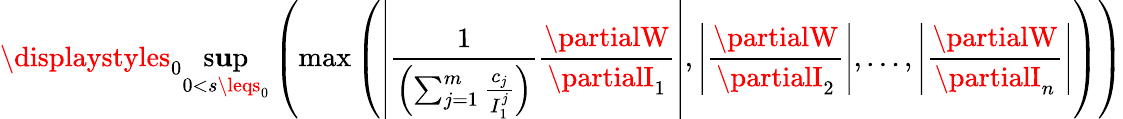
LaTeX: \displaystyles_{0}\operatorname*{s\mathbf{u}p}_{0<s\leqs_{0}}\left(\operatorname*{max}\left(\left|\frac{{1}}{{\left(\sum_{j=1}^{m}\frac{{c_{j}}}{{I_{1}^{j}}}\right)}}\frac{{\partialW}}{{\partialI_{1}}}\right|,\left|\frac{{\partialW}}{{\partialI_{2}}}\right|,\ldots,\left|\frac{{\partialW}}{{\partialI_{n}}}\right|\right)\right)